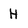
Character: h